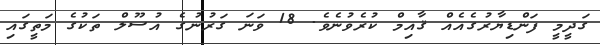
ގަދީމީ ފަންޑިޔާރުގެއެއް ޤާއިމް ކުރެވުނެވެ. 18 ވަނަ ގަރުނުގެ އުސޫލް ތަކުގެ މަތީގައި